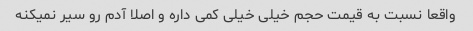
واقعا نسبت به قیمت حجم خیلی خیلی کمی داره و اصلا آدم رو سیر نمیکنه